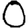
Digit: 0